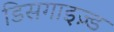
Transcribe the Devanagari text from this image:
डिसगाइज़्ड